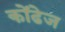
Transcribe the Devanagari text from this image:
कोंढेज